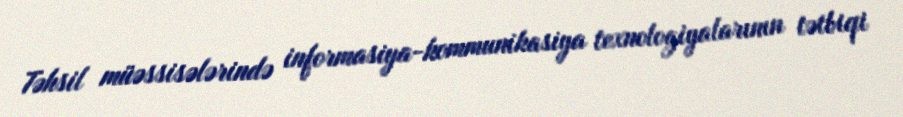
Təhsil müəssisələrində informasiya-kommunikasiya texnologiyalarının tətbiqi